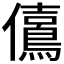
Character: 𠑃